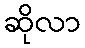
ဆိုလာ